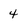
Character: 4